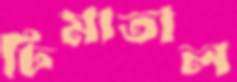
ঢিমাতাল